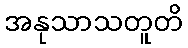
အနုသာသတူတိ